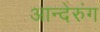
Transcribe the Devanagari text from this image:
आन्देरुंग